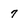
Character: 7